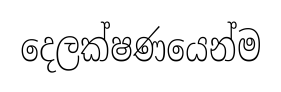
දෙලක්ෂණයෙන්ම